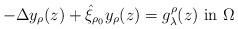
LaTeX: \begin{align*}-\Delta y_{\rho}(z)+\hat{\xi}_{\rho_0}y_{\rho}(z)=g^{\rho}_{\lambda}(z)\ \mbox{in}\ \Omega\end{align*}